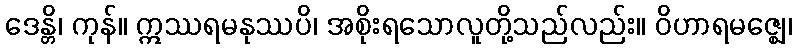
ဒေန္တိ၊ ကုန်။ ဣဿရမနုဿပိ၊ အစိုးရသောလူတို့သည်လည်း။ ဝိဟာရမဇ္ဈေ၊